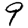
Digit: 9